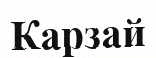
Карзай